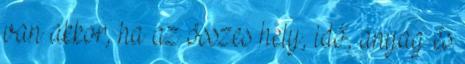
van akkor, ha az összes hely, idő, anyag és